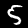
Label: 5